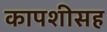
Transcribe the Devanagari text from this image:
कापशीसह